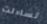
تساءلت